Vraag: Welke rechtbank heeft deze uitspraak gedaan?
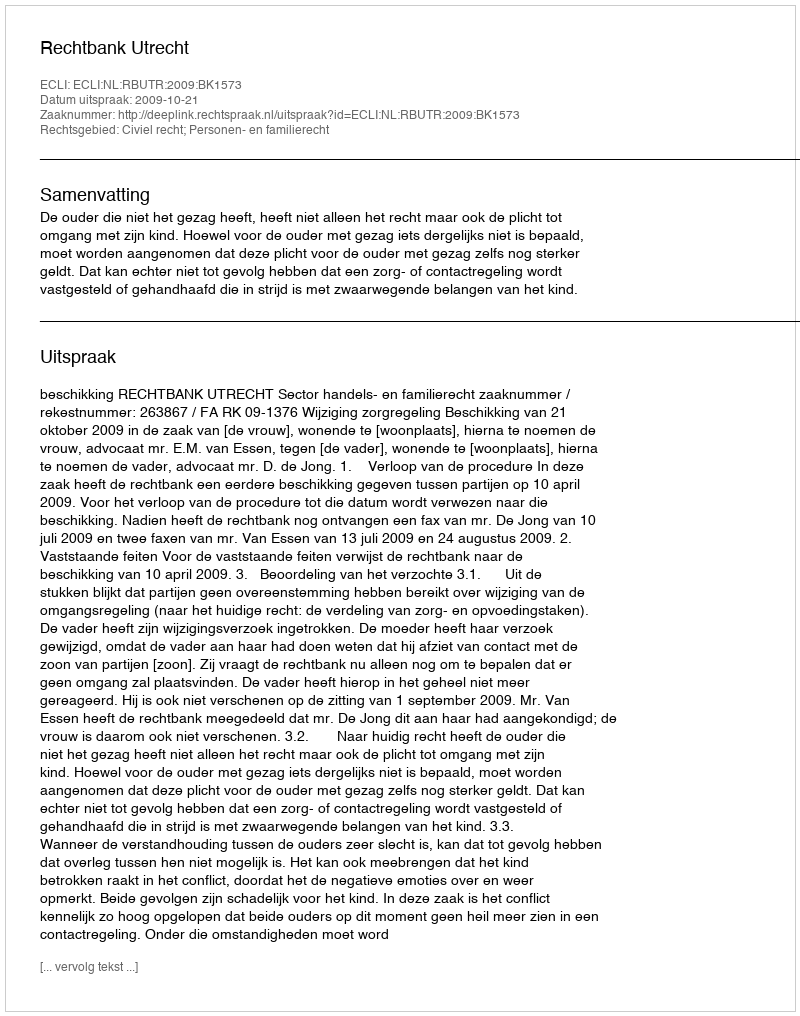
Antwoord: Rechtbank Utrecht